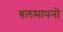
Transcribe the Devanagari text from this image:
बलमापनों